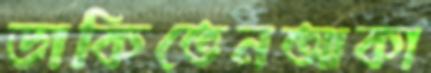
ডাকিতেনআকা